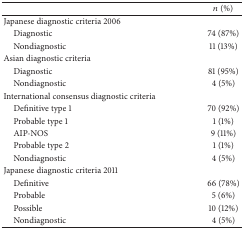
|  | n (%) |
 | --- | --- |
 | Japanese diagnostic criteria 2006 |  |
 | Diagnostic | 74 (87%) |
 | Nondiagnostic | 11 (13%) |
 | Asian diagnostic criteria |  |
 | Diagnostic | 81 (95%) |
 | Nondiagnostic | 4 (5%) |
 | International consensus diagnostic criteria |  |
 | Definitive type 1 | 70 (92%) |
 | Probable type 1 | 1 (1%) |
 | AIP-NOS | 9 (11%) |
 | Probable type 2 | 1 (1%) |
 | Nondiagnostic | 4 (5%) |
 | Japanese diagnostic criteria 2011 |  |
 | Definitive | 66 (78%) |
 | Probable | 5 (6%) |
 | Possible | 10 (12%) |
 | Nondiagnostic | 4 (5%) |